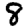
Digit: 8